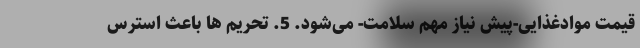
قیمت موادغذایی-پیش نیاز مهم سلامت- می‌شود. 5. تحریم ها باعث استرس